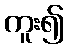
ကူး၍